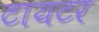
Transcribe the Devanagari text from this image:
टायटर